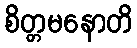
စိတ္တမနောတိ